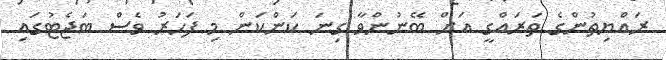
ރައްޔިތުންގެ ތަރައްގީ އަށް ބޭނުންވާ ގިނަ ކަންކަން މި ފަހަރު ވެސް ބަޖެޓުގައި